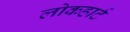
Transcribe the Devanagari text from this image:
लोकहार्ट